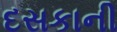
દસકાની